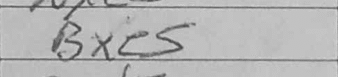
Transcription: Bxe5